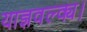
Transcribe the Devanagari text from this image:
याज्ञवल्क्य।